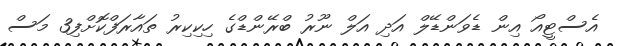
އެސްޓީއޯ އިން ޑެވަންޑޭލް އަދި އަލް ނޫރު ބްރޭންޑްގެ ހިކިކިރު ތައާރަފްކޮށްފި3 މަސް